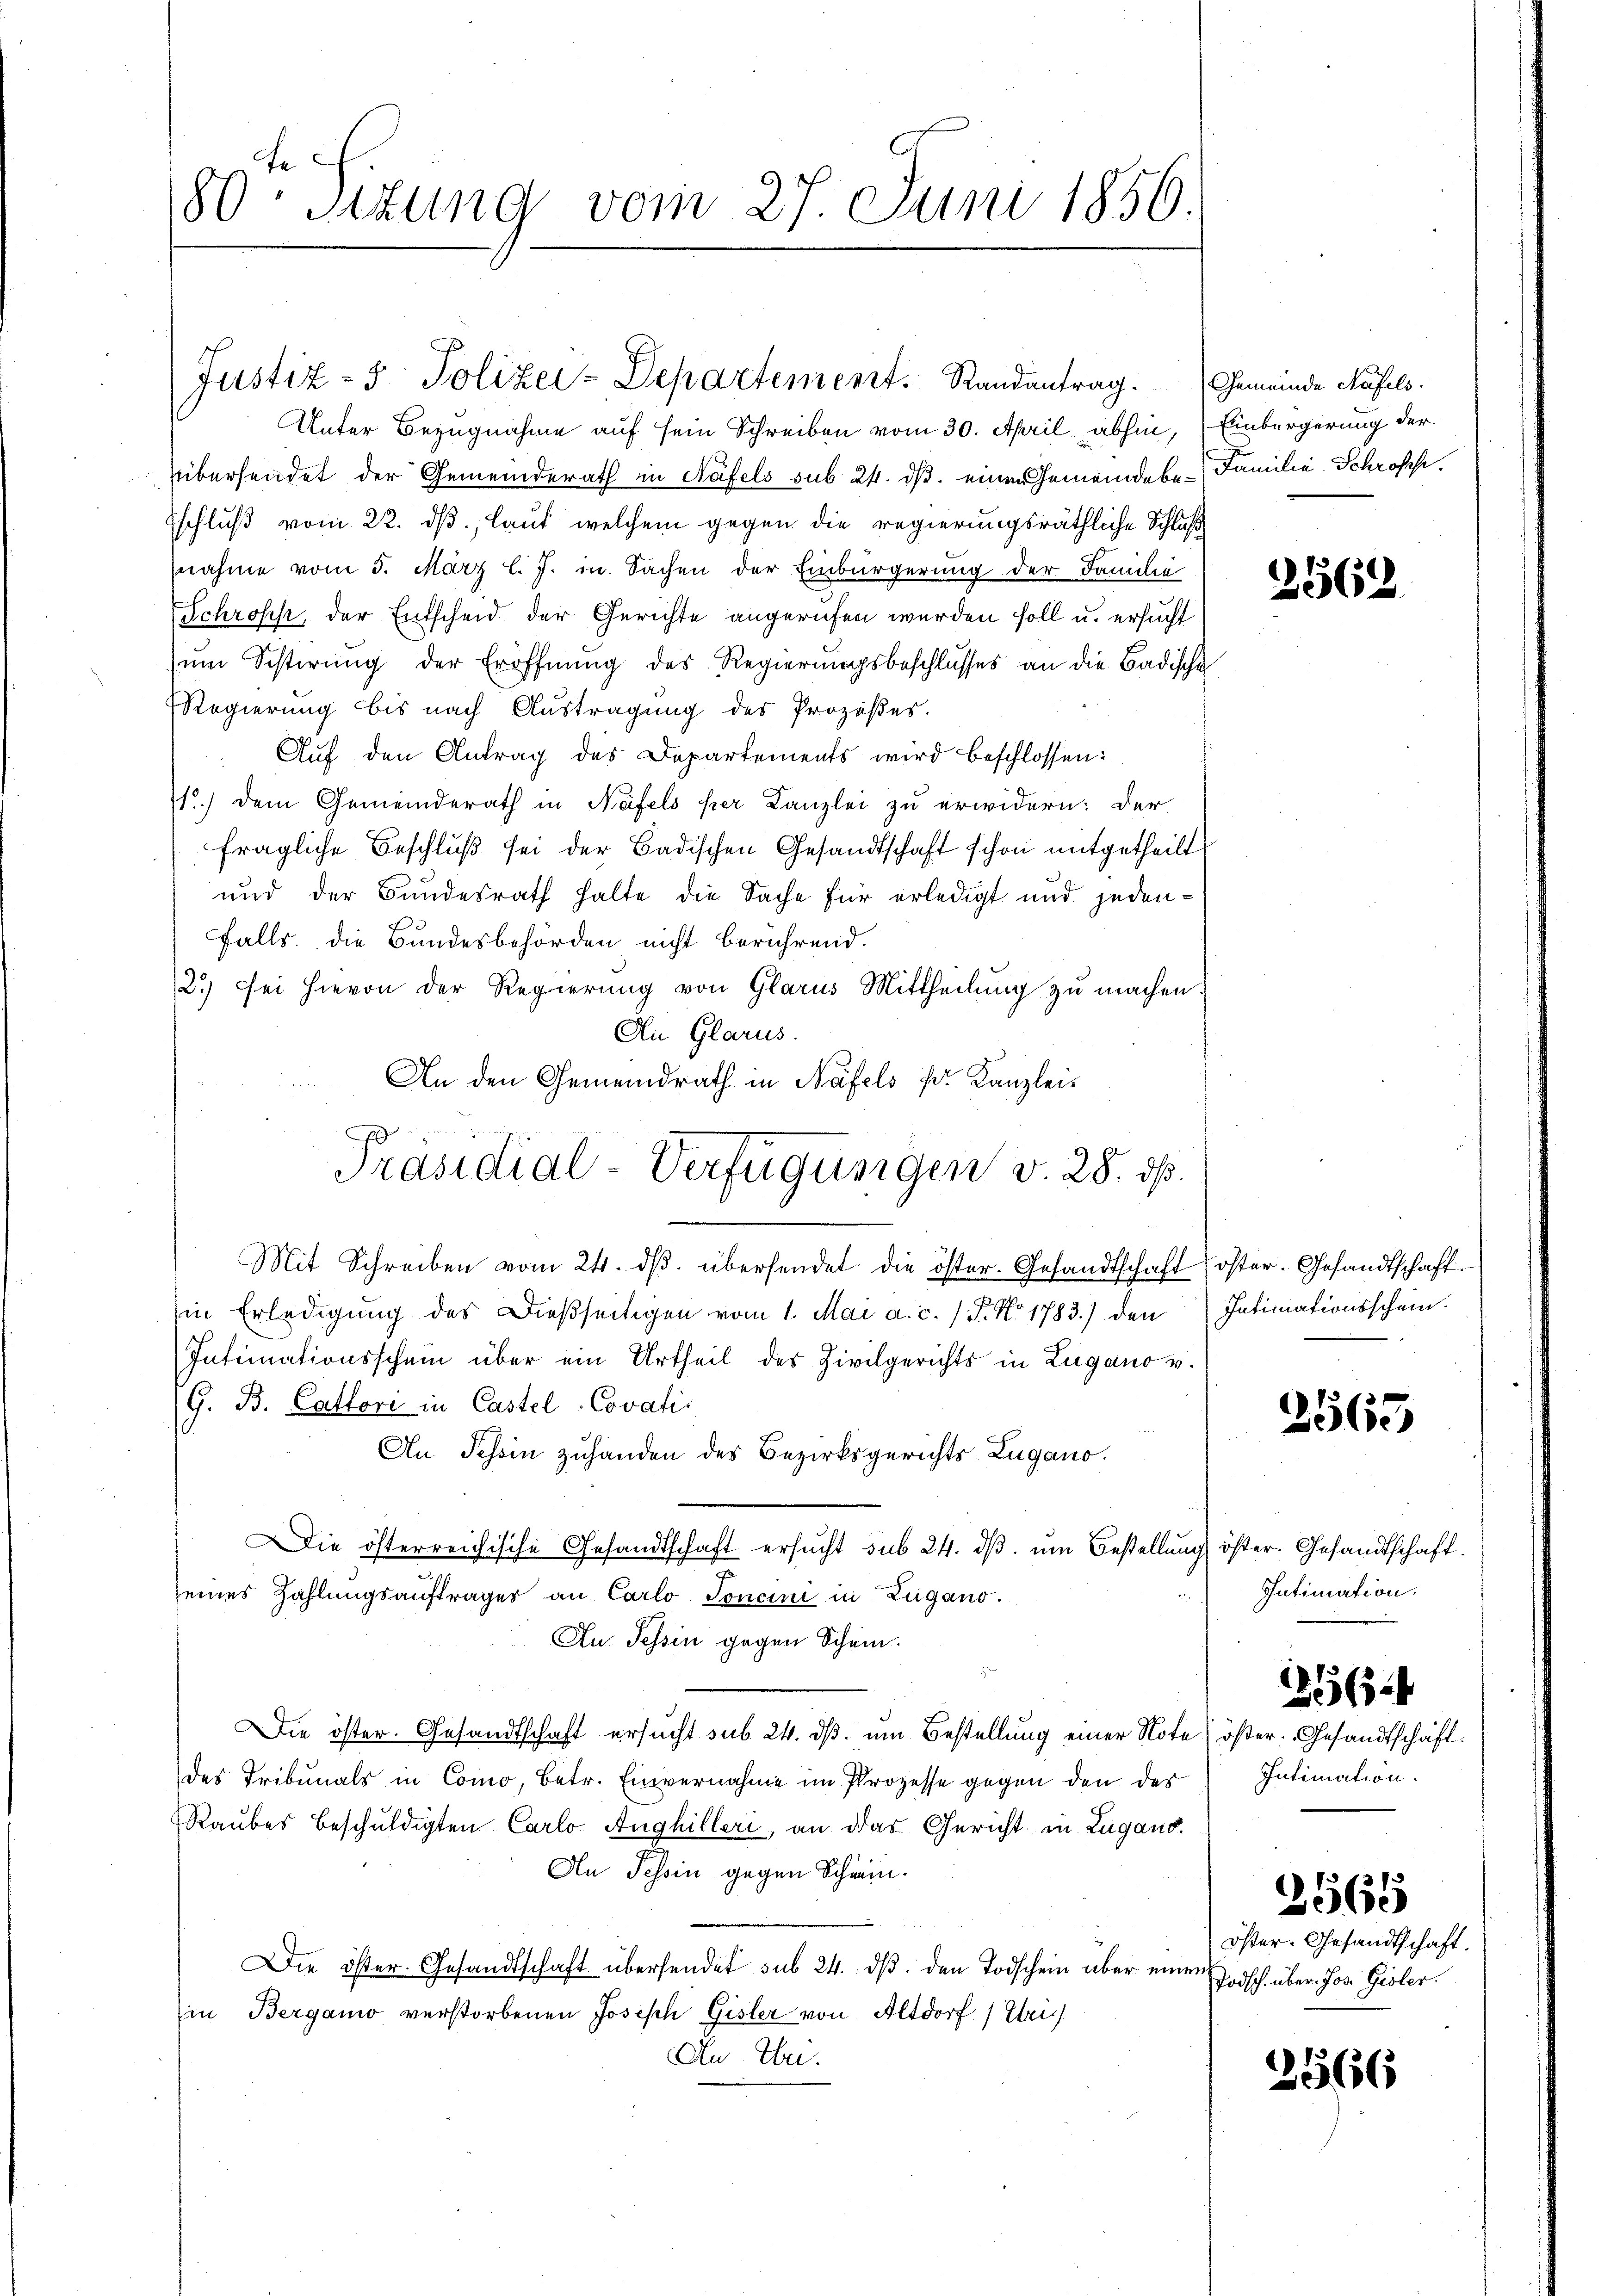
180 Stzung vom 27. Juni 1856.

Unter Bezugnahme auf sein Schreiben vom 30. April abhin, Einbürgerung der
übersendet der Gemeinderath in Näfels sub 24. ds. einen Gemeindebe-Familie Schroffe.
Eschluß vom 22. ds, laut welchem gegen die regierungsräthliche Schluß
nahme vom 5. März l. J. in Sachen der Einbürgerung der Familie
Schrosch, der Entscheid der Gerichte angerufen werden soll u. ersucht
ŭm Scherung der Eröffnŭng des Regierungsbeschlusses an die Badische
Regierung bis nach Austragung des Prozeßes.
Aŭf den Antrag des Departements wird beschlossen:
1.) Dem Gemeinderath in Näfels per Kanzlei zu erwidern: der
fragliche Beschlŭβ sei der Badischen Gesandtschaft schon mitgetheilt
und der Bundesrath halte die Sache für erledigt und jedenfalls die Bundesbehörden nicht berührend.
2.) Sei hievon der Regierung von Glarus Mittheilung zu machen.
An Glarus.
An den Gemeindrath in Näfels s. Kanzlei-
Mit Schreiben vom 24. dβ. übersendet die öster. Gesandtschaft öster-Gesandtschaft
in Erledigung des Dießseitigen vom 1. Mai a. c. / 5. No 1783.) den
Intimationsschein über ein Urtheil des Zivilgerichts in Lugano v.
G. B. Cattori in Castel-Covatis
An Tessin zuhanden des Bezirksgerichts Lugano.
Die österreichische Gesandtschaft ersŭcht sub 24. dβ. ŭm Bestellung
eines Zahlungsauftrages an Carlo Toncini in Zugano.
Au Tessin gegen Schein.
Die öster. Gesandtschaft ersucht sub 24. dß. um Bestellung einer Note öster. Gesandtschaft.
des Tribunals in Como, betr. Einvernahme im Prozesse gegen den des
Raubes beschuldigten Carlo Anghilleri, an das Gericht in Lugand
An Tessin gegen Schwein.
Die öster Gesandtschaft übersendet sub 24. dβ. den Todschein über einer Todsch über Jos. Gisler.
in Bergamo verstorbenen Joseph Gisler von Altdorf (Uri)
An Eber

Justiz- & Polizei-Departement. Randantrag. Gemeinde Rufels

Präsidial-Verfügungen v. 28. ds.

2562

Intimationsschein.

2563

öster. Gesandtschaft.
Intimation.

Intimation.

1564

2565

öster-Gesandtschaft.

3566